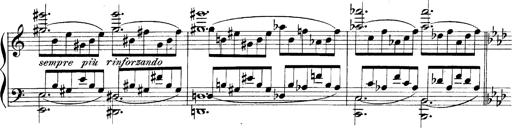
Title: LiebestrÃ¤ume
Composer: Franz Behr
Key: E-flat major